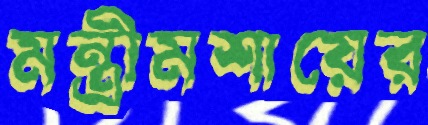
মন্ত্রীমশায়ের